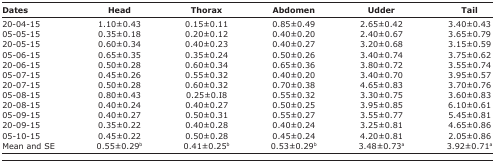
<table><thead><tr><td><b>Dates</b></td><td><b>Head</b></td><td><b>Thorax</b></td><td><b>Abdomen</b></td><td><b>Udder</b></td><td><b>Tail</b></td></tr></thead><tbody><tr><td>20-04-15</td><td>1.10±0.43</td><td>0.15±0.11</td><td>0.85±0.49</td><td>2.65±0.42</td><td>3.40±0.43</td></tr><tr><td>05-05-15</td><td>0.35±0.18</td><td>0.20±0.12</td><td>0.40±0.20</td><td>2.40±0.67</td><td>3.65±0.79</td></tr><tr><td>20-05-15</td><td>0.60±0.34</td><td>0.40±0.23</td><td>0.40±0.27</td><td>3.20±0.68</td><td>3.15±0.59</td></tr><tr><td>05-06-15</td><td>0.65±0.35</td><td>0.35±0.24</td><td>0.50±0.26</td><td>3.40±0.74</td><td>3.75±0.62</td></tr><tr><td>20-06-15</td><td>0.50±0.28</td><td>0.60±0.34</td><td>0.65±0.36</td><td>3.80±0.72</td><td>3.55±0.74</td></tr><tr><td>05-07-15</td><td>0.45±0.26</td><td>0.55±0.32</td><td>0.40±0.20</td><td>3.40±0.70</td><td>3.95±0.57</td></tr><tr><td>20-07-15</td><td>0.50±0.28</td><td>0.60±0.32</td><td>0.70±0.38</td><td>4.65±0.83</td><td>3.70±0.76</td></tr><tr><td>05-08-15</td><td>0.80±0.43</td><td>0.25±0.I8</td><td>0.55±0.32</td><td>3.30±0.75</td><td>3.60±0.83</td></tr><tr><td>20-08-15</td><td>0.40±0.24</td><td>0.40±0.27</td><td>0.50±0.25</td><td>3.95±0.85</td><td>6.10±0.61</td></tr><tr><td>05-09-15</td><td>0.40±0.27</td><td>0.50±0.31</td><td>0.55±0.27</td><td>3.55±0.77</td><td>5.45±0.81</td></tr><tr><td>20-09-15</td><td>0.35±0.22</td><td>0.40±0.28</td><td>0.40±0.24</td><td>3.25±0.81</td><td>4.65±0.86</td></tr><tr><td>05-10-15</td><td>0.45±0.22</td><td>0.50±0.28</td><td>0.45±0.24</td><td>4.20±0.81</td><td>2.05±0.86</td></tr><tr><td>Mean and SE</td><td>0.55±0.29<sup>b</sup></td><td>0.41±0.25<sup>b</sup></td><td>0.53±0.29<sup>b</sup></td><td>3.48±0.73<sup>a</sup></td><td>3.92±0.71<sup>a</sup></td></tr></tbody></table>